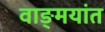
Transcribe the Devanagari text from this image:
वाङ्मयांत